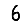
Digit: 6